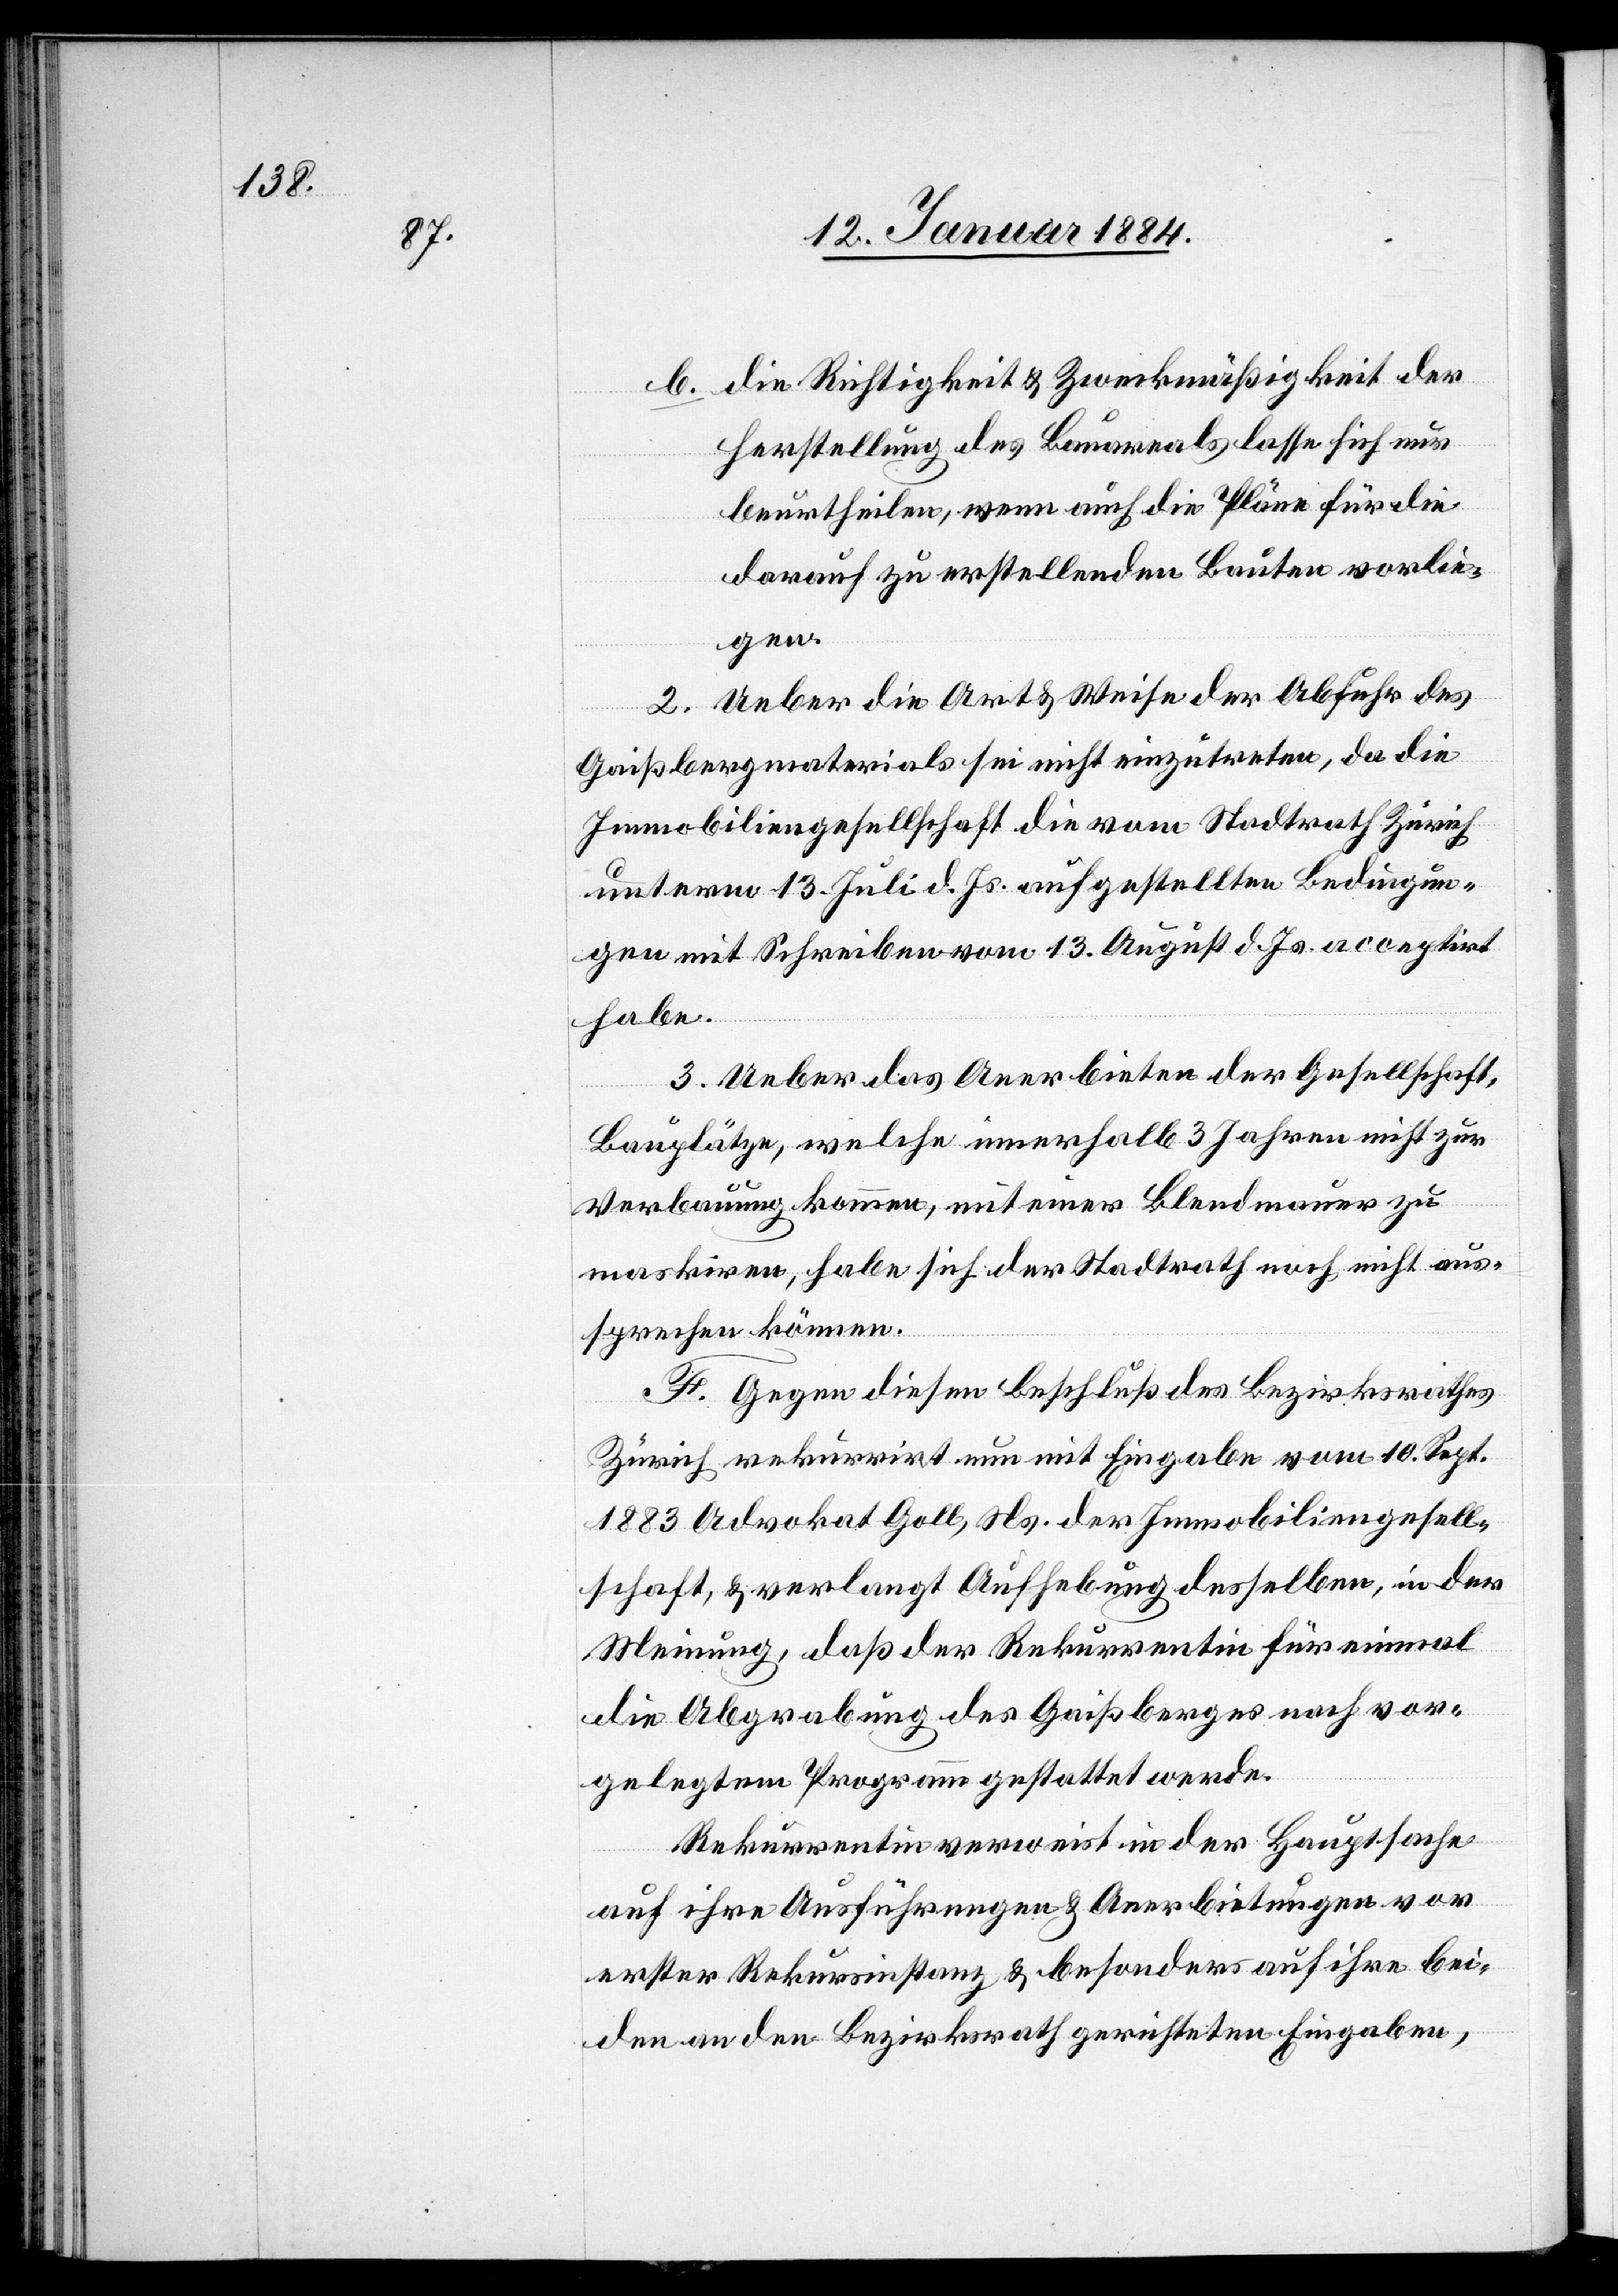
b. die Richtigkeit & Zweckmäßigkeit der
Herstellung des Bauareals lasse sich nur
beurtheilen, wenn auch die Pläne für die
darauf zu erstellenden Bauten vorlie¬
gen.
2. Ueber die Art & Weise der Abfuhr des
Gaißbergmaterials sei nicht einzutreten, da die
Immobiliengesellschaft die vom Stadtrath Zürich
unterm 13. Juli d. Js. aufgestellten Bedingun¬
gen mit Schreiben vom 13. August d. Js. acceptirt
habe.
3. Ueber das Anerbieten der Gesellschaft,
Bauplätze, welche innerhalb 3 Jahren nicht zur
Verbauung kommen, mit einer Blendmauer zu
maskiren, habe sich der Stadtrath noch nicht aus¬
sprechen können.
F. Gegen diesen Beschluß des Bezirksrathes
Zürich rekurrirt nun mit Eingabe vom 10. Sep.
1883 Advokat Goll, Ns. der Immobiliengesell¬
schaft, & verlangt Aufhebung desselben, in der
Meinung, daß der Rekurrentin für einmal
die Abgrabung des Gaißberges nach vor¬
gelegtem Programm gestattet werde.
Rekurrentin verweist in der Hauptsache
auf ihre Ausführungen & Anerbietungen vor
erster Rekursinstanz & besonders auf ihre bei¬
den an den Bezirksrath gerichteten Eingaben,